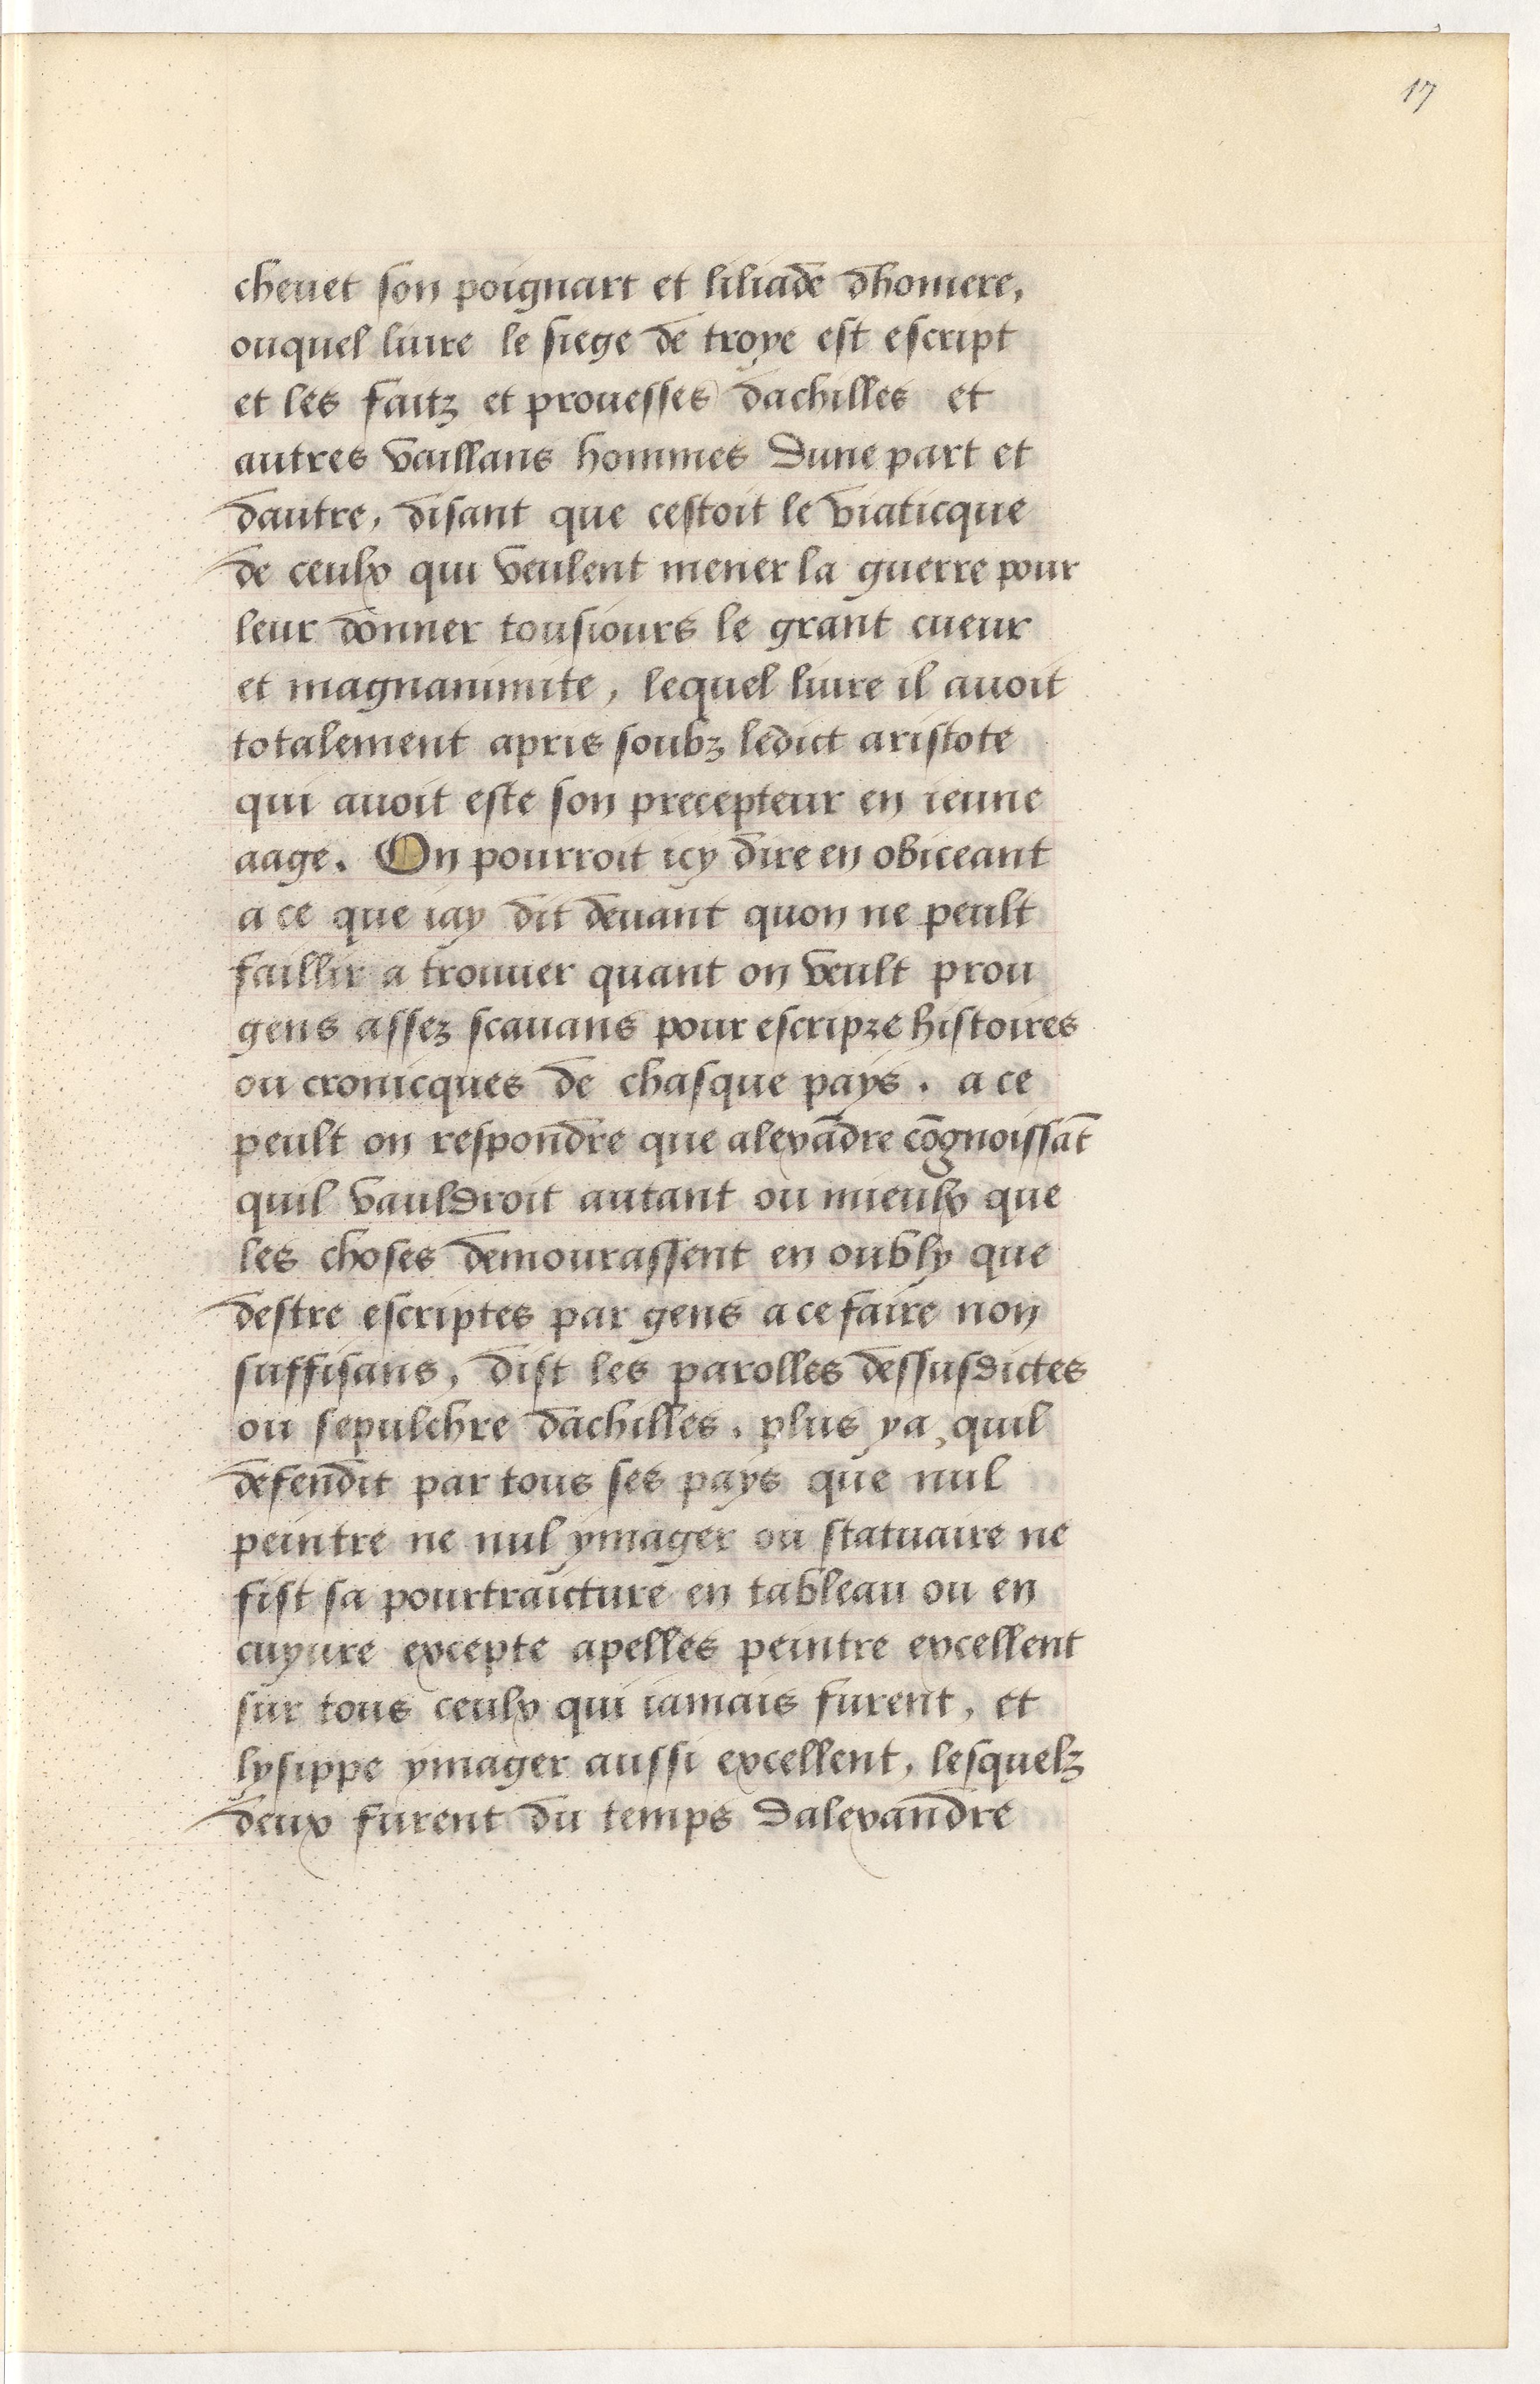
Shelfmark: Paris, BnF, Arsenal, 5103
Century: 15